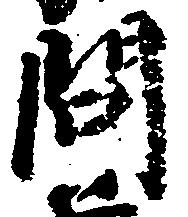
問